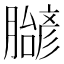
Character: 𬛝